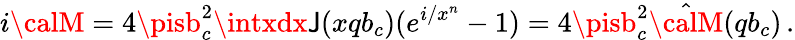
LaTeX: i{\calM}=4\pisb_{c}^{2}\intxdx\mathsf{J}(xqb_{c})(e^{i/x^{n}}-1)=4\pisb_{c}^{2}\hat{{\calM}}(qb_{c})\, .